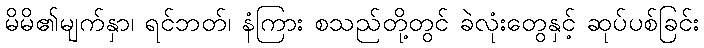
မိမိ၏မျက်နှာ၊ ရင်ဘတ်၊ နံကြား စသည်တို့တွင် ခဲလုံးတွေနှင့် ဆုပ်ပစ်ခြင်း